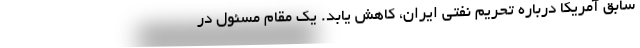
سابق آمریکا درباره تحریم نفتی ایران، کاهش یابد. یک مقام مسئول در